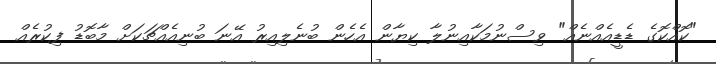
"ކޮއްކޮގެ ޑެޑީއެއްނެއް" ވިސްނުމަކާއިނުލާ ކިޔާން އެހެން ބުނެލިއިރު އޭނަ ބުނިއެއްޗަކަށް މާބޮޑު ފިކުރެއް